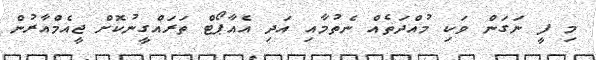
މި ފީ ނަގަން ވަކި މުއްދަތެއް ނެތުމާއި އަދި އެއާޕޯޓް ތަރައްގީނުކޮށް ޖީއެމްއާރުން